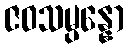
ဇဝသမ္ပန္နော